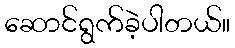
ဆောင်ရွက်ခဲ့ပါတယ်။